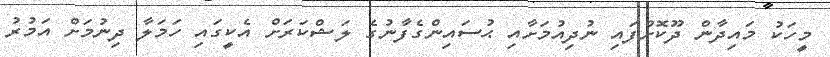
މީހަކު މައިދާން ދޫކޮށްފައި ނުދިއުމަށާއި ޙުސައިންގެފާނުގެ ލަޝްކަރަށް އެކީގައި ހަމަލާ ދިނުމަށް އަމުރު